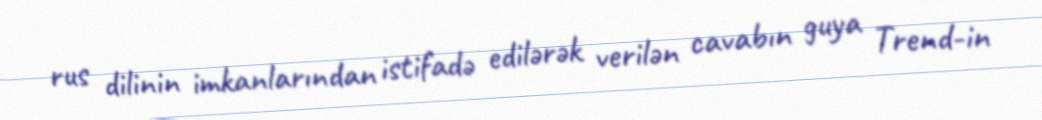
rus dilinin imkanlarından istifadə edilərək verilən cavabın guya Trend-in